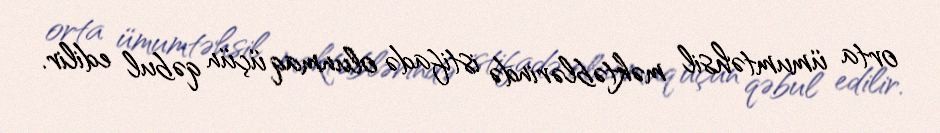
orta ümumtəhsil məktəblərində istifadə olunmaq üçün qəbul edilir.